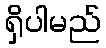
ရှိပါမည်